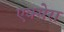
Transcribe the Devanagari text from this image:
एक्सेरा